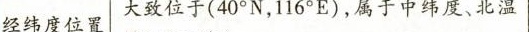
经纬度位置大致位于(40°N，116°E)，属于中纬度、北温